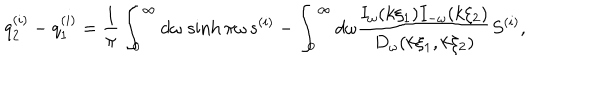
q _ { 2 } ^ { ( i ) } - q _ { 1 } ^ { ( i ) } = \frac { 1 } { \pi } \int _ { 0 } ^ { \infty } d \omega \, \sinh \pi \omega \, s ^ { ( i ) } - \int _ { 0 } ^ { \infty } d \omega \frac { I _ { \omega } ( k \xi _ { 1 } ) I _ { - \omega } ( k \xi _ { 2 } ) } { D _ { \omega } ( k \xi _ { 1 } , k \xi _ { 2 } ) } S ^ { ( i ) } ,